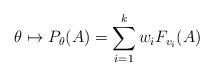
LaTeX: \begin{align*}\theta\mapsto P_\theta(A)=\sum_{i = 1}^k w_i F_{v_i}(A)\end{align*}